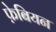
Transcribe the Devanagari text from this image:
फे़बियन